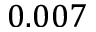
0 . 0 0 7